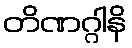
တိဏဂ္ဂါနိ